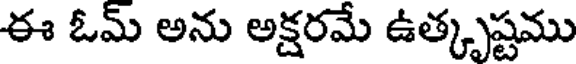
ఈ ఓమ్ అను అక్షరమే ఉత్కృష్టము